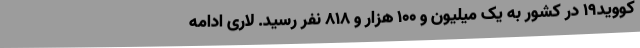
کووید19 در کشور به یک میلیون و 100 هزار و 818 نفر رسید. لاری ادامه